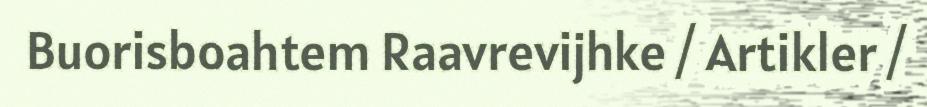
Buorisboahtem Raavrevijhke / Artikler /